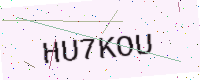
Text: HU7KOU